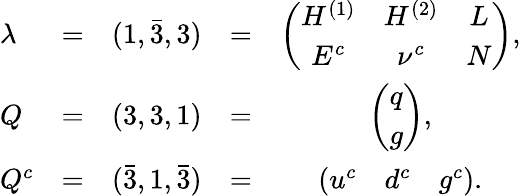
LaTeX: \begin{array}{lcccc}{{\lambda}}&{{=}}&{{(1,\bar{3},3)}}&{{=}}&{{\left(\begin{array}{ccc}{{H^{(1)}}}&{{H^{(2)}}}&{{L}}\\ {{E^{c}}}&{{\nu^{c}}}&{{N}}\end{array}\right),\strut}}\\ {{Q}}&{{=}}&{{(3,3,1)}}&{{=}}&{{\left(\begin{array}{c}{{q}}\\ {{g}}\end{array}\right),\strut}}\\ {{Q^{c}}}&{{=}}&{{(\bar{3},1,\bar{3})}}&{{=}}&{{\left(\begin{array}{ccc}{{u^{c}}}&{{d^{c}}}&{{g^{c}}}\end{array}\right).}}\end{array}